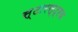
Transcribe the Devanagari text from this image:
स्टारस्ट्रक